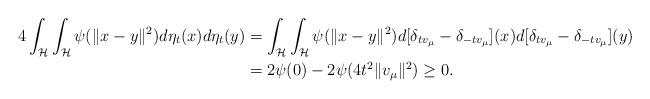
LaTeX: \begin{align*} 4\int_{\mathcal{H}}\int_{\mathcal{H}} \psi(\|x-y\|^{2})d\eta_{t}(x)d\eta_{t}(y) &= \int_{\mathcal{H}}\int_{\mathcal{H}} \psi(\|x-y\|^{2})d[\delta_{tv_{\mu}} - \delta_{-tv_{\mu}}](x)d[\delta_{tv_{\mu}} - \delta_{-tv_{\mu}}](y)\\&=2\psi(0) - 2\psi(4t^{2}\|v_{\mu}\|^{2})\geq 0.\end{align*}